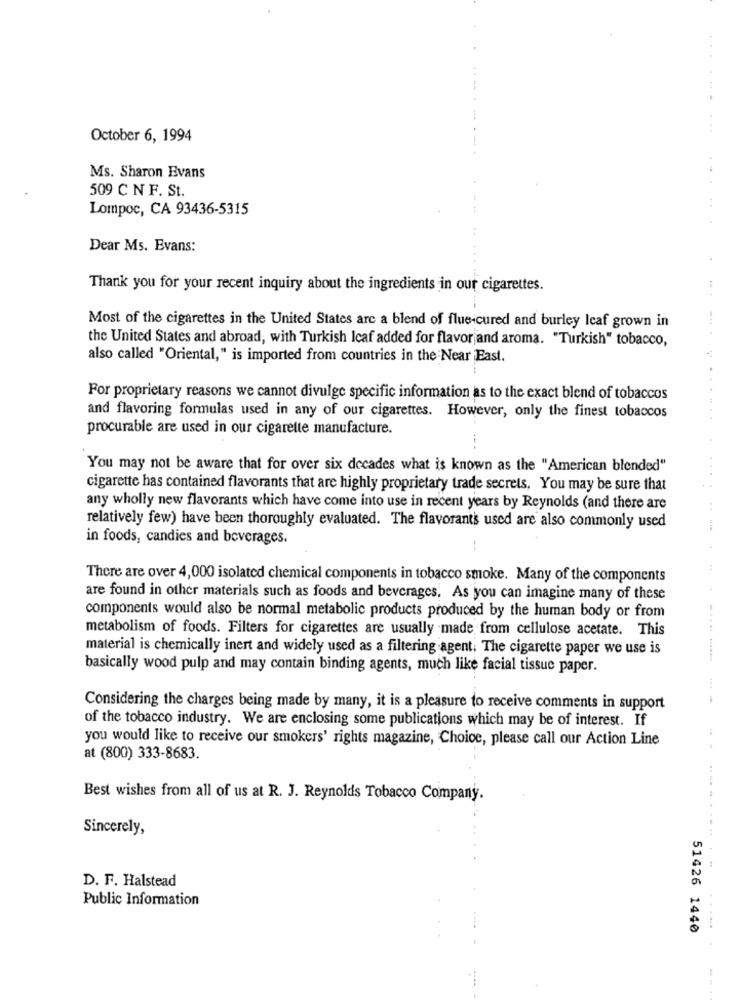
October 6, 1994
........
Ms. Sharon Evans
509 C N F. St.
Lompoc, CA 93436-5315
Dear Ms. Evans:
Thank you for your recent inquiry about the ingredients in our cigarettes.
Most of the cigarettes in the United States are a blend of flueicured and burley Icaf grown in
the United States and abroad, with Turkish Icaf added for flavor and aroma. "Turkish" tobacco,
also called "Oriental," is imported from countries in the Near East.
For proprietary reasons we cannot divulge specific information as to the exact blend of tobaccos
and flavoring formulas used in any of our cigarettes. However, only the finest tobaccos
procurable are used in our cigarette manufacture.
You may not be aware that for over six decades what is known as the "American blended"
cigarette has contained flavorants that are highly proprietary trade secrets, You may be sure that
any wholly new flavorants which have come into use in recent years by Reynolds (and there are
relatively few) have been thoroughly evaluated. The flavorants used are also commonly used
in foods, candies and beverages.
There are over 4,000 isolated chemical components in tobacco smoke. Many of the components
are found in other materials such as foods and beverages. As you can imagine many of these
components would also be normal metabolic products produced by the human body or from
metabolism of foods. Filters for cigarettes are usually made from cellulose acetate. This
material is chemically inert and widely used as a filtering agent, The cigarette paper we use is
basically wood pulp and may contain binding agents, much like facial tissue paper.
Considering the charges being made by many, it is a pleasure to receive comments in support
of the tobacco industry. We are enclosing some publications which may be of interest. If
you would like to receive our smokers' rights magazine, Choice, please call our Action Line
at (800) 333-8683.
Best wishes from all of us at R. J. Reynolds Tobacco Company.
Sincerely,
............
D. F. Halstead
Public Information
51426 1440
......